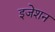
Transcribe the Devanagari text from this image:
इजेशन